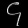
Digit: ၄